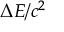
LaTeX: \Delta E / c ^ { 2 }